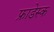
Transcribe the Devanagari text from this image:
फ्राडेस्क